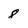
Character: 8